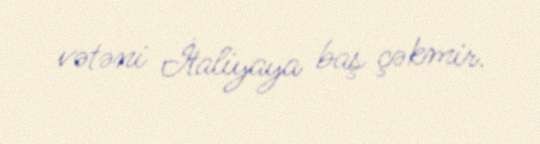
vətəni İtaliyaya baş çəkmir.